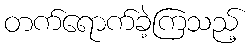
တက်ရောက်ခဲ့ကြသည့်